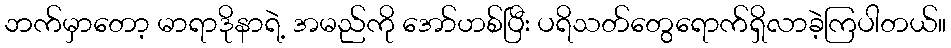
ဘက်မှာတော့ မာရာဒိုနာရဲ့ အမည်ကို အော်ဟစ်ပြီး ပရိသတ်တွေရောက်ရှိလာခဲ့ကြပါတယ်။